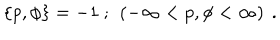
LaTeX: \left\{ p , \phi \right\} = - 1 \ ; \ \left( - \infty < p , \phi < \infty \right) \ .